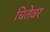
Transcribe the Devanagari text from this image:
चितेवर